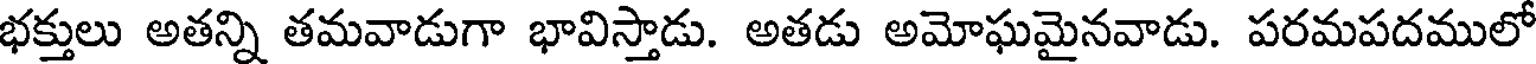
భక్తులు అతన్ని తమవాడుగా భావిస్తాడు. అతడు అమోఘమైనవాడు. పరమపదములో